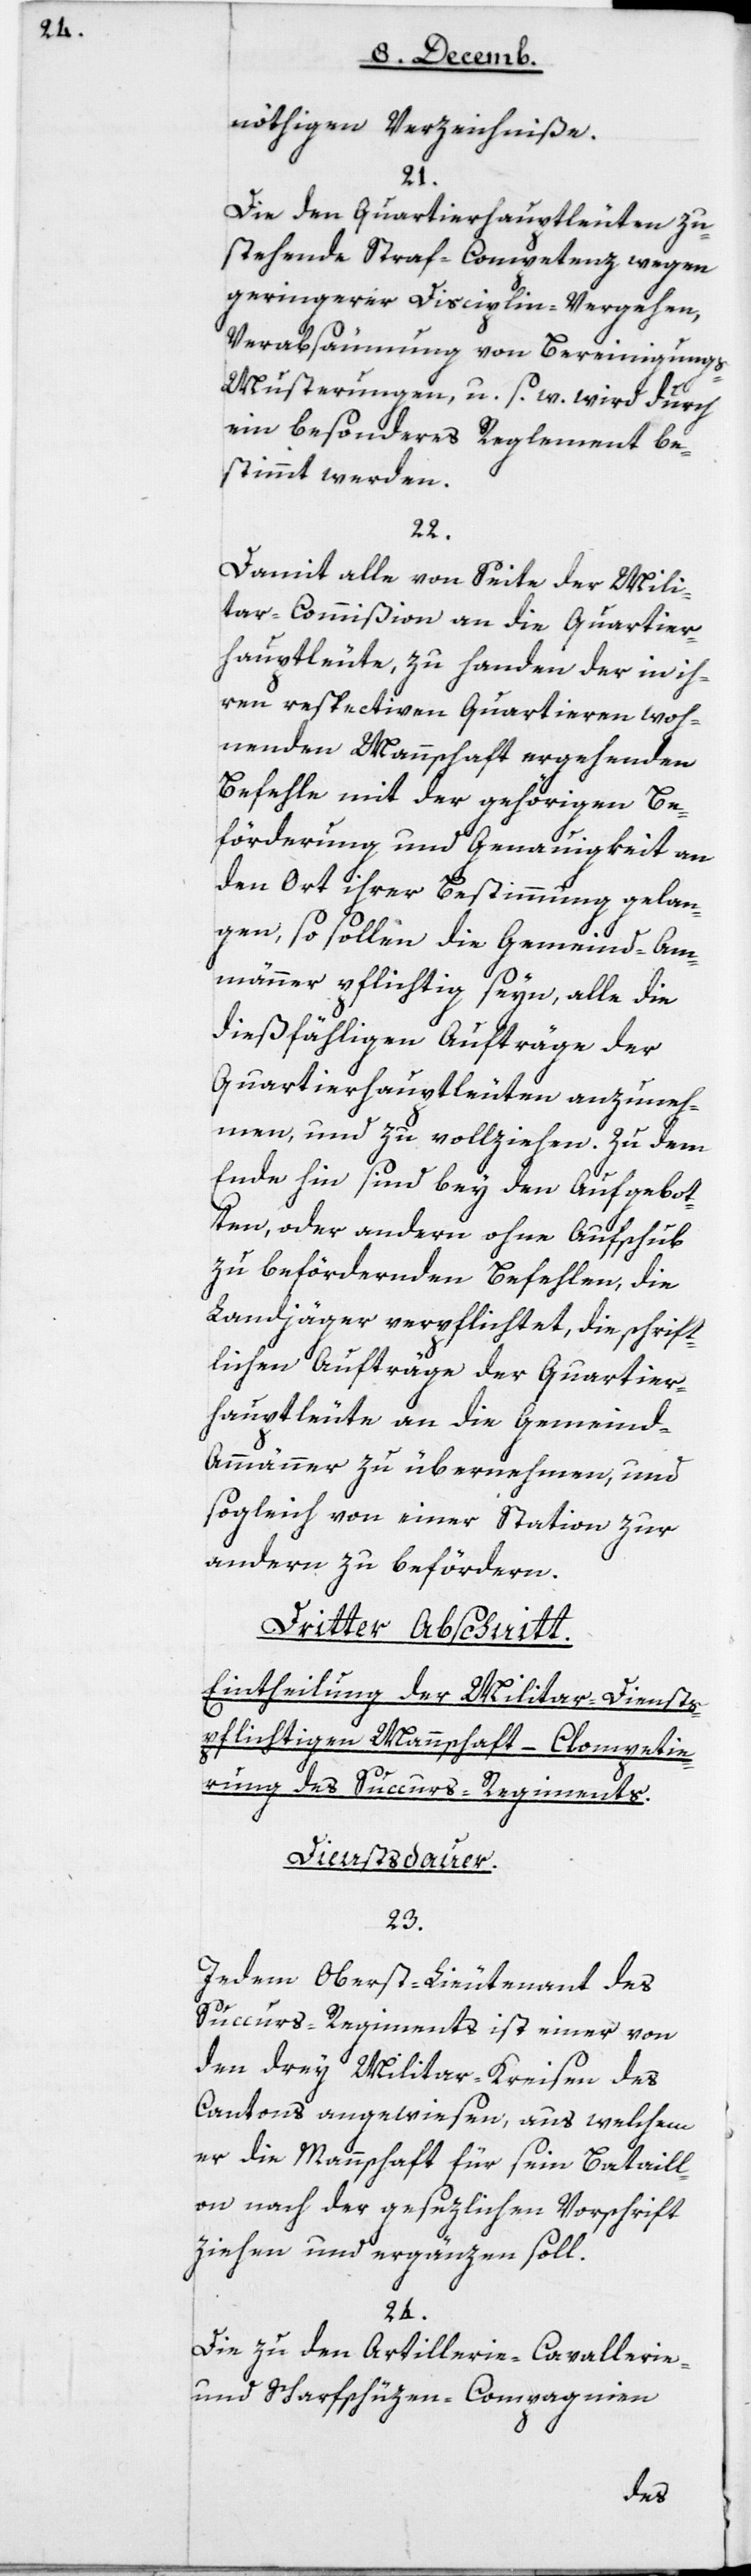
nöthigen Verzeichniße.
21.
Die den Quartierhauptleuten zu¬
stehende Strafcompetenz wegen
geringerer Disciplin-Vergehen,
Verabsäumung von Bereinigung¬
s-Musterungen u. s. w., wird durch
ein besonderes Reglement be¬
stimmt werden.
22.
Damit alle von Seite der Mili¬
tar-Commißion an die Quartier¬
hauptleute, zu Handen der in ih¬
ren respectiven Quartieren woh¬
nenden Mannschaft ergehenden
Befehle mit der gehörigen Be¬
förderung und Genauigkeit an
den Ort ihrer Bestimmung gelan¬
gen, so sollen die Gemeind-Am¬
männer pflichtig seyn, alle die
dießfähligen Aufträge der
Quartierhauptleuten anzuneh¬
men, und zu vollziehen. Zu dem
Ende hin sind bey den Aufgebot¬
en oder andern ohne Aufschub
zu befördernden Befehlen, die
Landjäger verpflichtet, die schrift¬
lichen Aufträge der Quartier¬
hauptleute an die Gemeind-A¬
mmänner zu übernehmen, und
sogleich von einer Station zur
andern zu befördern.
Dritter Abschnitt:
Eintheilung der Militardienst¬
pflichtigen Mannschaft – Complettie¬
rung des Succurs-Regiments.
Dienstsdauer.
23.
Jedem Oberst-Lieutenant des
Succurs-Regiments ist einer von
den drei Militarkreisen des
Cantons angewiesen; aus welchem
er die Mannschaft für sein Bataill¬
on nach der gesezlichen Vorschrift
ziehen und ergänzen soll.
24.
Die zu den Artillerie-, Cavallerie-
und Scharfschüzen-Compagnien